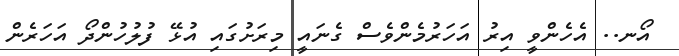
އޯނ.. އެހެންވީ އިރު އަހަރުމެންވެސް ގެނައީ މިރަށުގައި އުޅޭ ފުލުހުންދޯ އަހަރެން